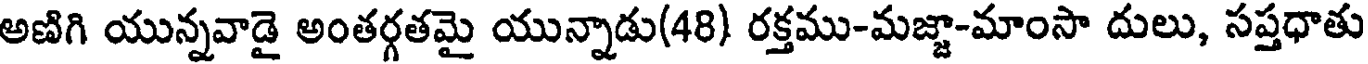
అణిగి యున్నవాడై అంతర్గతమై యున్నాడు(48) రక్తము-మజ్జా-మాంసా దులు, సప్తధాతు